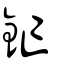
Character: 釯